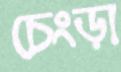
চেংড়া